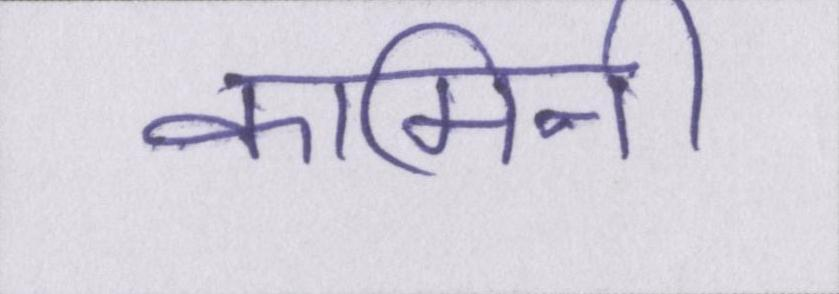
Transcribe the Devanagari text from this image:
कामिनी